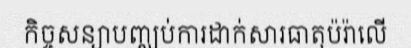
កិច្ចសន្យាបញ្ឈប់ការដាក់សារធាតុប៉រ៉ាលើ